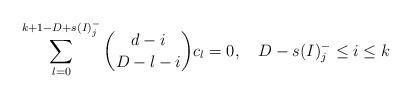
LaTeX: \begin{align*}\displaystyle\sum_{l=0}^{k+1-D+s(I)^-_j}\binom{d-i}{D-l-i}c_{l} =0 ,\ \ \ D-s(I)^-_j\leq i \leq k\end{align*}